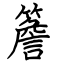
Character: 簷